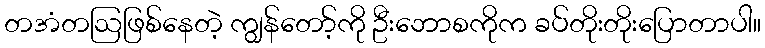
တအံတဩဖြစ်နေတဲ့ ကျွန်တော့်ကို ဦးဘောစကိုက ခပ်တိုးတိုးပြောတာပါ။